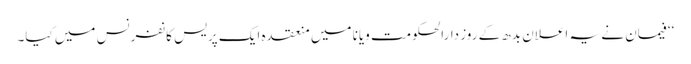
‘‘ فیمان نے یہ اعلان بدھ کے روز دارالحکومت ویانا میں منعقدہ ایک پریس کانفرنس میں کیا۔